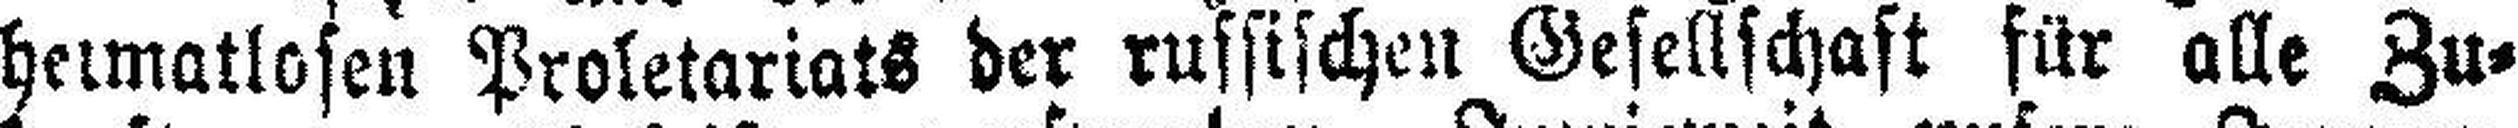
heimatlosen Proletariats der russischen Gesellschaft für alle Zu¬